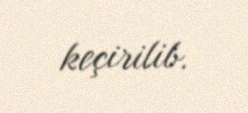
keçirilib.